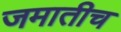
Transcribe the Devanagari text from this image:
जमातीच